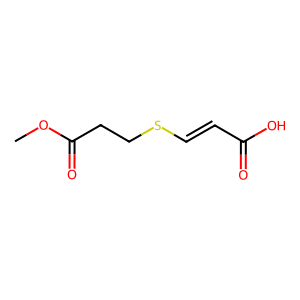
SMILES: COC(=O)CCSC=CC(=O)O
Inhibits HIV replication: No